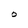
Character: O